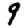
Digit: 9